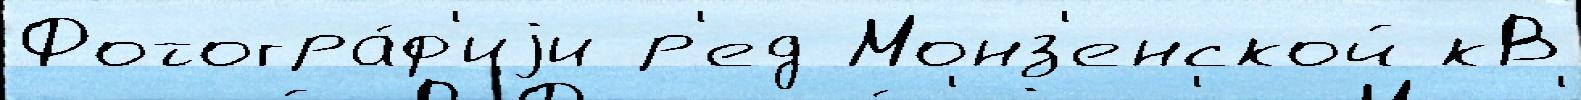
Фотогра́ф'иjи р'ед Монз'енской кВ